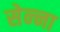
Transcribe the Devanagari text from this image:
सेन्‍ना